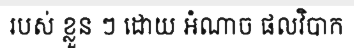
របស់ ខ្លួន ៗ ដោយ អំណាច ផលវិបាក